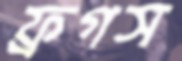
ফ্রগস